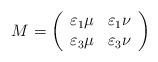
LaTeX: \begin{align*}M=\left( \begin{array}{cc}\varepsilon_1\mu& \varepsilon_1\nu \\\varepsilon_3\mu&\varepsilon_{3}\nu \end{array}\right) \end{align*}